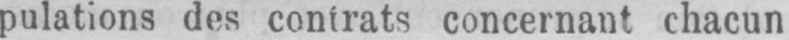
concernant chacun